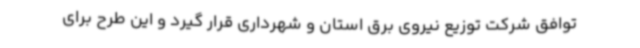
توافق شرکت توزیع نیروی برق استان و شهرداری قرار گیرد و این طرح برای